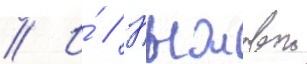
// И́ // Пыжовои